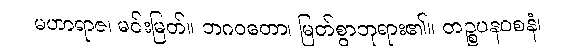
မဟာရာဇ၊ မင်းမြတ်။ ဘဂဝတော၊ မြတ်စွာဘုရား၏။ တဉ္စပနဝစနံ၊